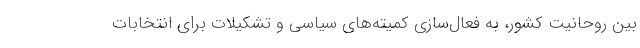
بین روحانیت کشور، به فعال‌سازی کمیته‌های سیاسی و تشکیلات برای انتخابات